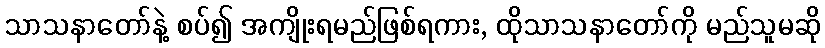
သာသနာတော်နဲ့ စပ်၍ အကျိုးရမည်ဖြစ်ရကား, ထိုသာသနာတော်ကို မည်သူမဆို